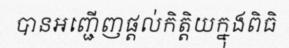
បានអញ្ជើញផ្តល់កិត្តិយក្នុងពិធិ